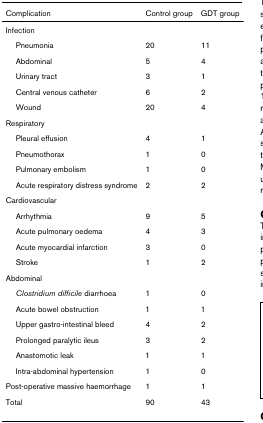
| Complication | Control group | GDT group |
 | --- | --- | --- |
 | Infection |  |  |
 | Pneumonia | 20 | 11 |
 | Abdominal | 5 | 4 |
 | Urinary tract | 3 | 1 |
 | Central venous catheter | 6 | 2 |
 | Wound | 20 | 4 |
 | Respiratory |  |  |
 | Pleural effusion | 4 | 1 |
 | Pneumothorax | 1 | 0 |
 | Pulmonary embolism | 1 | 0 |
 | Acute respiratory distress syndrome | 2 | 2 |
 | Cardiovascular |  |  |
 | Arrhythmia | 9 | 5 |
 | Acute pulmonary oedema | 4 | 3 |
 | Acute myocardial infarction | 3 | 0 |
 | Stroke | 1 | 2 |
 | Abdominal |  |  |
 | Clostridium difficile diarrhoea | 1 | 0 |
 | Acute bowel obstruction | 1 | 1 |
 | Upper gastro-intestinal bleed | 4 | 2 |
 | Prolonged paralytic ileus | 3 | 2 |
 | Anastomotic leak | 1 | 1 |
 | Intra-abdominal hypertension | 1 | 0 |
 | Post-operative massive haemorrhage | 1 | 1 |
 | Total | 90 | 43 |